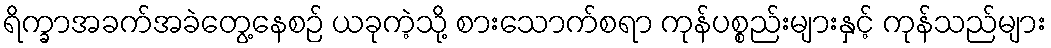
ရိက္ခာအခက်အခဲတွေ့နေစဉ် ယခုကဲ့သို့ စားသောက်စရာ ကုန်ပစ္စည်းများနှင့် ကုန်သည်များ